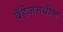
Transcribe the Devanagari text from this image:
बँडेजमधील